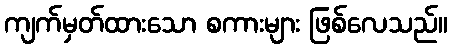
ကျက်မှတ်ထားသော စကားများ ဖြစ်လေသည်။